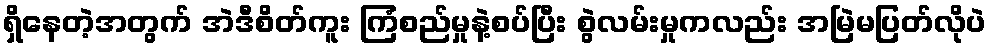
ရှိနေတဲ့အတွက် အဲဒီစိတ်ကူး ကြံစည်မှုနဲ့စပ်ပြီး စွဲလမ်းမှုကလည်း အမြဲမပြတ်လိုပဲ